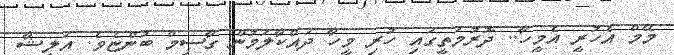
މޭމް އެހުރީ އެމީހާ.. ދޮރުމަތީގައި ހުރި މީހާ ދައްކާލަމުން ގާސިމް ބުންޏެވެ. އަލީޝާ